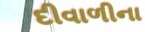
દીવાળીના